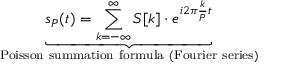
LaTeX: \underbrace { s _ { P } ( t ) = \sum _ { k = - \infty } ^ { \infty } S [ k ] \cdot e ^ { i 2 \pi { \frac { k } { P } } t } } _ { \mathrm { P o i s s o n ~ s u m m a t i o n ~ f o r m u l a ~ ( F o u r i e r ~ s e r i e s ) } }